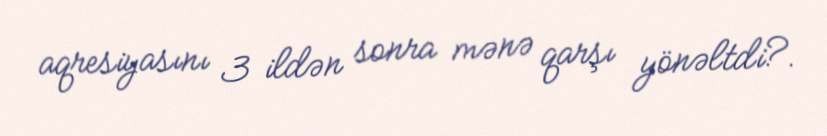
aqresiyasını 3 ildən sonra mənə qarşı yönəltdi?.